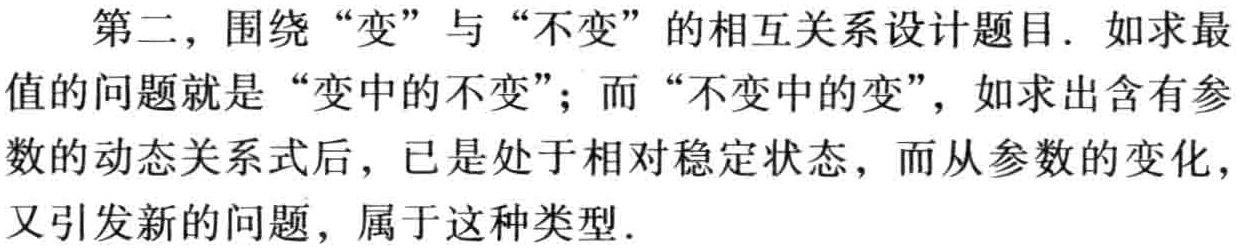
第二，围绕“变”与“不变”的相互关系设计题目. 如求最值的问题就是“变中的不变”；而“不变中的变”，如求出含有参数的动态关系式后，已是处于相对稳定状态，而从参数的变化，又引发新的问题，属于这种类型.